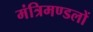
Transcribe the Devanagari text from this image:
मंत्रिमण्डलों